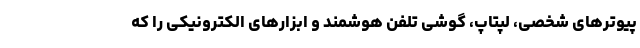
پیوترهای شخصی، لپتاپ، گوشی تلفن هوشمند و ابزارهای الکترونیکی را که